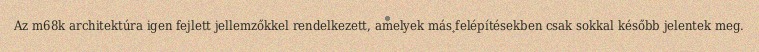
Az m68k architektúra igen fejlett jellemzőkkel rendelkezett, amelyek más felépítésekben csak sokkal később jelentek meg.